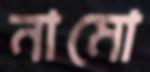
নামো